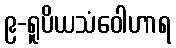
၉-ရူပိယသံဝေါဟာရ